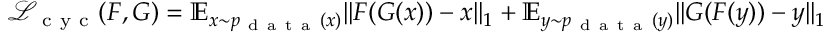
\mathcal { L } _ { \mathrm { ~ c ~ y ~ c ~ } } ( F , G ) = \mathbb { E } _ { x \sim p _ { \mathrm { ~ d ~ a ~ t ~ a ~ } } ( x ) } | | F ( G ( x ) ) - x | | _ { 1 } + \mathbb { E } _ { y \sim p _ { \mathrm { ~ d ~ a ~ t ~ a ~ } } ( y ) } | | G ( F ( y ) ) - y | | _ { 1 }